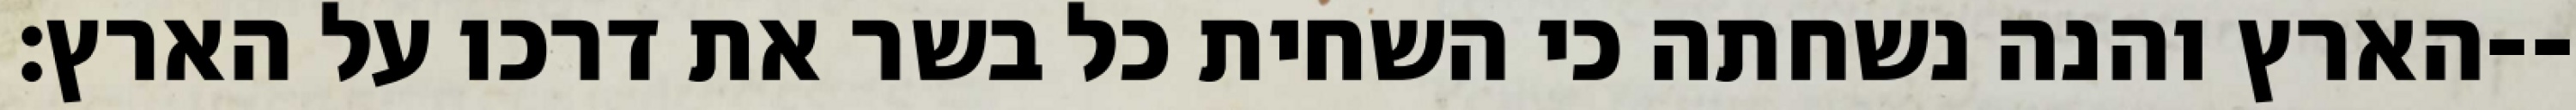
הארץ והנה נשחתה כי השחית כל בשר את דרכו על הארץ׃--